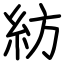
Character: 紡